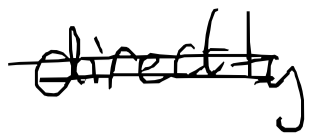
Text: directly
Cross-out: double-line
Writing tool: digital_black